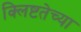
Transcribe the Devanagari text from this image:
क्लिष्टतेच्या